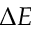
\Delta E